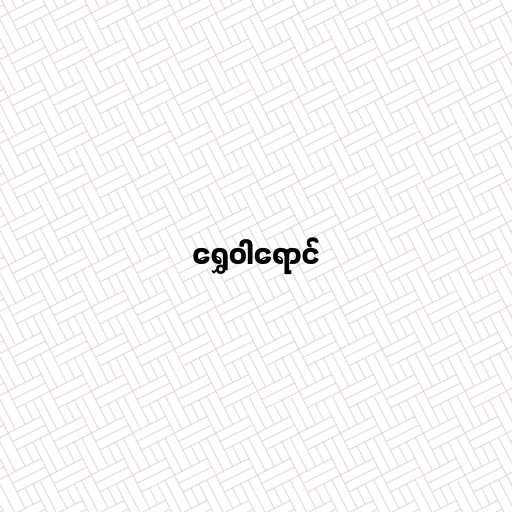
ရွှေဝါရောင်